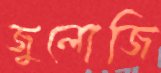
জুলোজি